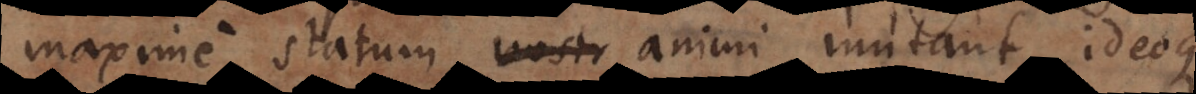
maxime statum nostr animi mutant, ideoque